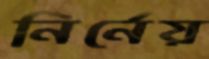
নির্নেয়